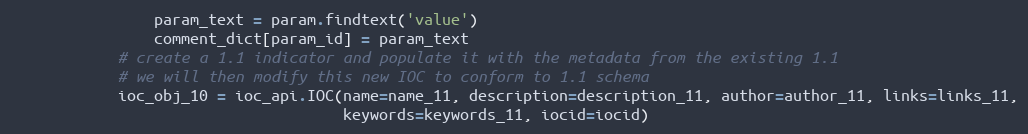
Language: Python
                param_text = param.findtext('value')
                comment_dict[param_id] = param_text
            # create a 1.1 indicator and populate it with the metadata from the existing 1.1
            # we will then modify this new IOC to conform to 1.1 schema
            ioc_obj_10 = ioc_api.IOC(name=name_11, description=description_11, author=author_11, links=links_11,
                                     keywords=keywords_11, iocid=iocid)